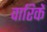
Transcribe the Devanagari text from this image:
वारिकें